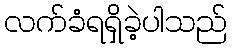
လက်ခံရရှိခဲ့ပါသည်